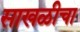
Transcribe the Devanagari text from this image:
साखळीचा